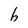
Character: h